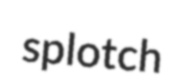
splotch